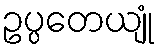
ဥပ္ပတေယျုံ